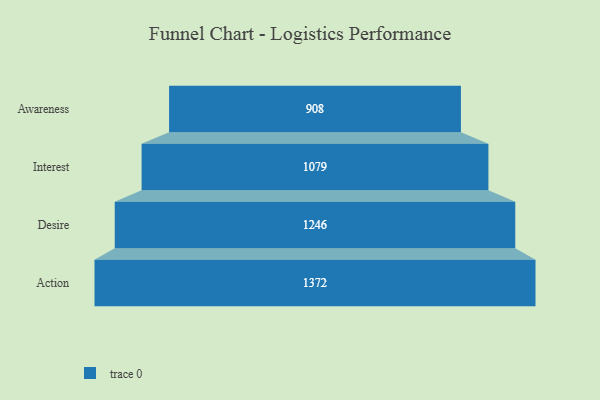
{"axis": {"x": "Stage", "y": "Value"}, "legend": [""], "data": [{"x": "Awareness", "y": 908.0, "type": ""}, {"x": "Interest", "y": 1079.0, "type": ""}, {"x": "Desire", "y": 1246.0, "type": ""}, {"x": "Action", "y": 1372.0, "type": ""}]}